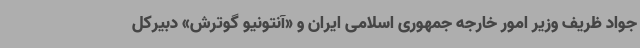
جواد ظریف وزیر امور خارجه جمهوری اسلامی ایران و «آنتونیو گوترش» دبیرکل